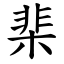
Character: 棐